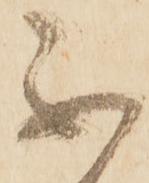
不